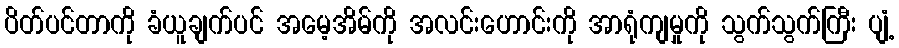
ပိတ်ပင်တာကို ခံယူချက်ပင် အမေ့အိမ်ကို အလင်းဟောင်းကို အာရုံကျမှုကို သွက်သွက်ကြီး ပျံ့